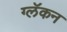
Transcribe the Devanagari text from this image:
ग्लॅकन